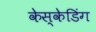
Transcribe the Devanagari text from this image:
केस्केडिंग